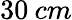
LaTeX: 30\: cm